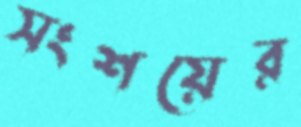
সংশয়ের